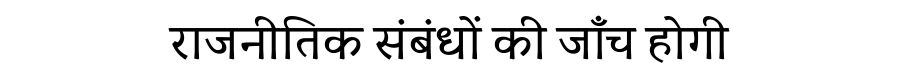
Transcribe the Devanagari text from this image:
राजनीतिक संबंधों की जाँच होगी